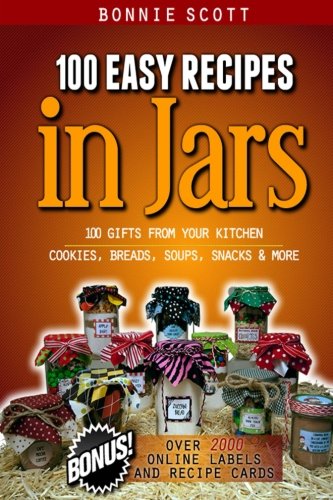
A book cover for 100 Easy Recipes in Jars; Bonnie Scott; Cookbooks, Food & Wine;